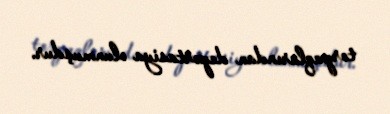
torpaqlarından deportasiya olunmuşdur.